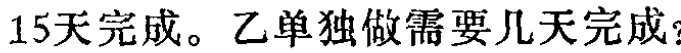
15天完成。乙单独做需要几天完成？